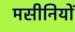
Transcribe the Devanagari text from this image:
मसीनियों